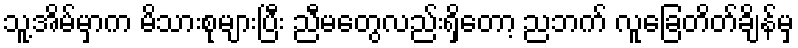
သူ့အိမ်မှာက မိသားစုများပြီး ညီမတွေလည်းရှိတော့ ညဘက် လူခြေတိတ်ချိန်မှ